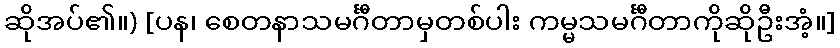
ဆိုအပ်၏။) [ပန၊ စေတနာသမင်္ဂီတာမှတစ်ပါး ကမ္မသမင်္ဂီတာကိုဆိုဦးအံ့။]